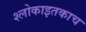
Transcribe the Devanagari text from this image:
श्लोकाइतकाच